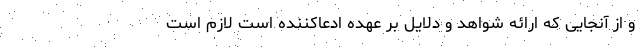
و از آنجایی که ارائه شواهد و دلایل بر عهده ادعاکننده است لازم است